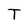
Character: T